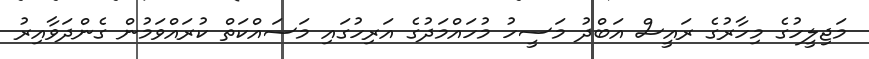
މަޖިލީހުގެ މިހާރުގެ ރައީސް އަބްދު މަސީހު މުހައްމަދުގެ އަރިހުގައި މަސައްކަތް ކުރައްވަމުން ގެންދަވާއިރު